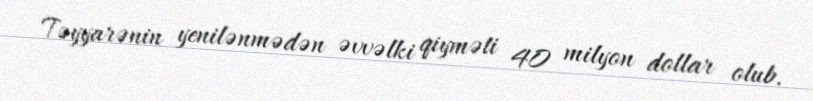
Təyyarənin yenilənmədən əvvəlki qiyməti 40 milyon dollar olub.